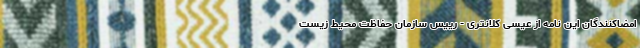
امضاکنندگان این نامه از عیسی کلانتری - رییس سازمان حفاظت محیط‌ زیست